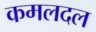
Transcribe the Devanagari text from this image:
कमलदल